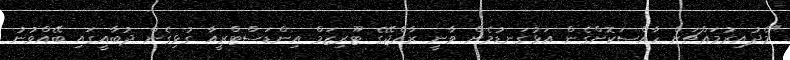
"މެދުއިރުމައްޗަށް ހާއްސަކޮށްގެން އަޅުގަނޑުމެން ވާނީ ރާއްޖޭގެ ޓޫރިޒަމް އިންޑަސްޓްރީއާ ގުޅިގެން ދުބާއީގައި ބޭއްވުނު